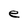
Character: e